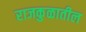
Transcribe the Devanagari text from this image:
राजकुळातील